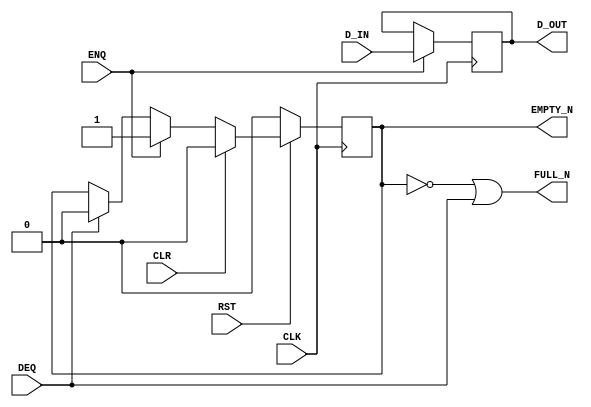

// Copyright (c) 2000-2012 Bluespec, Inc.

// Permission is hereby granted, free of charge, to any person obtaining a copy
// of this software and associated documentation files (the "Software"), to deal
// in the Software without restriction, including without limitation the rights
// to use, copy, modify, merge, publish, distribute, sublicense, and/or sell
// copies of the Software, and to permit persons to whom the Software is
// furnished to do so, subject to the following conditions:

// The above copyright notice and this permission notice shall be included in
// all copies or substantial portions of the Software.

// THE SOFTWARE IS PROVIDED "AS IS", WITHOUT WARRANTY OF ANY KIND, EXPRESS OR
// IMPLIED, INCLUDING BUT NOT LIMITED TO THE WARRANTIES OF MERCHANTABILITY,
// FITNESS FOR A PARTICULAR PURPOSE AND NONINFRINGEMENT. IN NO EVENT SHALL THE
// AUTHORS OR COPYRIGHT HOLDERS BE LIABLE FOR ANY CLAIM, DAMAGES OR OTHER
// LIABILITY, WHETHER IN AN ACTION OF CONTRACT, TORT OR OTHERWISE, ARISING FROM,
// OUT OF OR IN CONNECTION WITH THE SOFTWARE OR THE USE OR OTHER DEALINGS IN
// THE SOFTWARE.
//
// $Revision: 29755 $
// $Date: 2012-10-22 13:58:12 +0000 (Mon, 22 Oct 2012) $

`ifdef BSV_ASSIGNMENT_DELAY
`else
  `define BSV_ASSIGNMENT_DELAY
`endif

`ifdef BSV_POSITIVE_RESET
  `define BSV_RESET_VALUE 1'b1
  `define BSV_RESET_EDGE posedge
`else
  `define BSV_RESET_VALUE 1'b0
  `define BSV_RESET_EDGE negedge
`endif

`ifdef BSV_ASYNC_RESET
 `define BSV_ARESET_EDGE_META or `BSV_RESET_EDGE RST
`else
 `define BSV_ARESET_EDGE_META
`endif

`ifdef BSV_RESET_FIFO_HEAD
 `define BSV_ARESET_EDGE_HEAD `BSV_ARESET_EDGE_META
`else
 `define BSV_ARESET_EDGE_HEAD
`endif

// Depth 1 FIFO
// Allows simultaneous ENQ and DEQ (at the expense of potentially
// causing combinational loops).
module FIFOL1(CLK,
              RST,
              D_IN,
              ENQ,
              FULL_N,
              D_OUT,
              DEQ,
              EMPTY_N,
              CLR);

   parameter             width = 1;

   input                 CLK;
   input                 RST;

   input [width - 1 : 0] D_IN;
   input                 ENQ;
   input                 DEQ;
   input                 CLR ;

   output                FULL_N;
   output                 EMPTY_N;
   output [width - 1 : 0] D_OUT;



   reg                    empty_reg ;
   reg [width - 1 : 0]    D_OUT;

`ifdef BSV_NO_INITIAL_BLOCKS
`else // not BSV_NO_INITIAL_BLOCKS
   // synopsys translate_off
   initial
     begin
        D_OUT     = `BSV_ASSIGNMENT_DELAY {((width + 1)/2) {2'b10}} ;
        empty_reg = `BSV_ASSIGNMENT_DELAY 1'b0;
     end // initial begin
   // synopsys translate_on
`endif // BSV_NO_INITIAL_BLOCKS


   assign FULL_N = !empty_reg || DEQ;
   assign EMPTY_N = empty_reg ;

   always@(posedge CLK `BSV_ARESET_EDGE_META)
     begin
        if (RST == `BSV_RESET_VALUE)
           begin
             empty_reg <= `BSV_ASSIGNMENT_DELAY 1'b0;
           end
        else
           begin
              if (CLR)
                begin
                   empty_reg <= `BSV_ASSIGNMENT_DELAY 1'b0;
                end
              else if (ENQ)
                begin
                   empty_reg <= `BSV_ASSIGNMENT_DELAY 1'b1;
                end
              else if (DEQ)
                begin
                   empty_reg <= `BSV_ASSIGNMENT_DELAY 1'b0;
                end // if (DEQ)
           end // else: !if(RST == `BSV_RESET_VALUE)
     end // always@ (posedge CLK or `BSV_RESET_EDGE RST)

   always@(posedge CLK `BSV_ARESET_EDGE_HEAD)
     begin
`ifdef BSV_RESET_FIFO_HEAD
        if (RST == `BSV_RESET_VALUE)
          begin
             D_OUT <= `BSV_ASSIGNMENT_DELAY {width {1'b0}} ;
          end
        else
`endif
          begin
              if (ENQ)
                D_OUT     <= `BSV_ASSIGNMENT_DELAY D_IN;
           end // else: !if(RST == `BSV_RESET_VALUE)
     end // always@ (posedge CLK or `BSV_RESET_EDGE RST)

   // synopsys translate_off
   always@(posedge CLK)
     begin: error_checks
        reg deqerror, enqerror ;

        deqerror =  0;
        enqerror = 0;
        if ( ! empty_reg && DEQ )
          begin
             deqerror = 1 ;
             $display( "Warning: FIFOL1: %m -- Dequeuing from empty fifo" ) ;
          end
        if ( ! FULL_N && ENQ && ! DEQ)
          begin
             enqerror =  1 ;
             $display( "Warning: FIFOL1: %m -- Enqueuing to a full fifo" ) ;
          end
     end
   // synopsys translate_on

endmodule